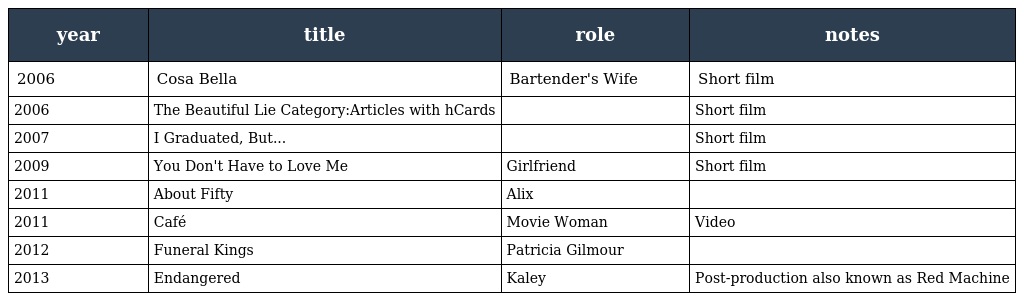
| year | title | role | notes |
 | --- | --- | --- | --- |
 | 2006 | Cosa Bella | Bartender's Wife | Short film |
 | 2006 | The Beautiful Lie Category:Articles with hCards |  | Short film |
 | 2007 | I Graduated, But... |  | Short film |
 | 2009 | You Don't Have to Love Me | Girlfriend | Short film |
 | 2011 | About Fifty | Alix |  |
 | 2011 | Café | Movie Woman | Video |
 | 2012 | Funeral Kings | Patricia Gilmour |  |
 | 2013 | Endangered | Kaley | Post-production also known as Red Machine |